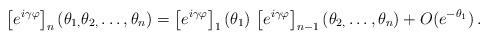
LaTeX: \begin{align*}\left[ e^{i\gamma \varphi }\right] _{n}(\theta _{1,}\theta _{2,}\dots,\theta _{n})=\left[ e^{i\gamma \varphi }\right] _{1}(\theta _{1})\,\left[e^{i\gamma \varphi }\right] _{n-1}(\theta _{2,}\dots ,\theta_{n})+O(e^{-\theta _{1}})\,. \end{align*}